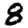
Digit: 8